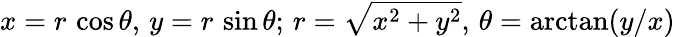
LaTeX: x=r\, \cos\theta,\, y=r\, \sin\theta;\, r={\sqrt{x^{2}+y^{2}}},\, \theta=\arctan(y/x)